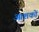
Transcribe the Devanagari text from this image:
आशकों